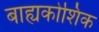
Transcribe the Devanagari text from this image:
बाह्यकोशिक